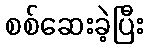
စစ်ဆေးခဲ့ပြီး